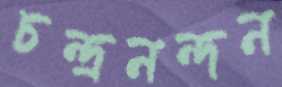
চন্দ্রনন্দন